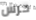
حرس